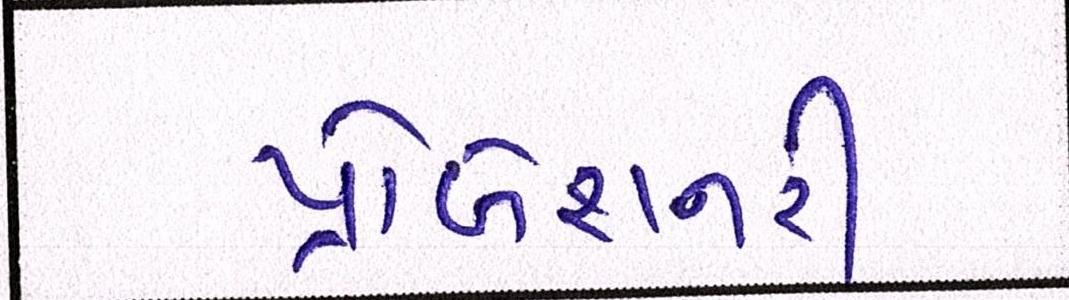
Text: પ્રોબેશનરી